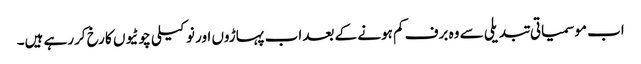
اب موسمیاتی تبدیلی سے وہ برف کم ہونے کے بعد اب پہاڑوں اور نوکیلی چوٹیوں کا رخ کررہے ہیں۔